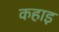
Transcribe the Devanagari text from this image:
कहाइ